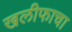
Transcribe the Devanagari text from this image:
खलीफाचा